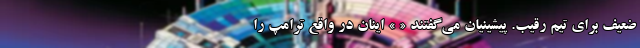
ضعیف برای تیم رقیب. پیشینیان می‌گفتند « » اینان در واقع ترامپ را